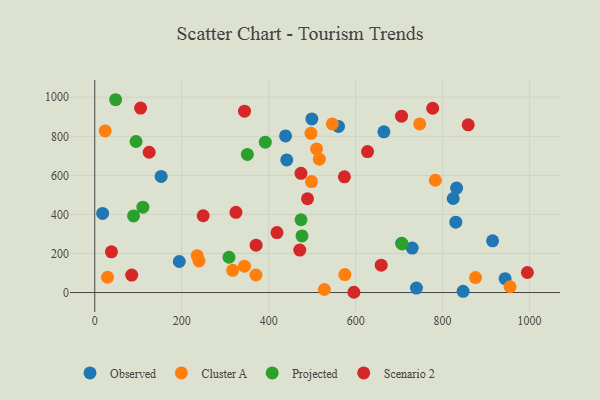
{"axis": {"x": "Engine Size", "y": "Profit"}, "legend": ["Cluster A", "Observed", "Projected", "Scenario 2"], "data": [{"x": "830.4", "y": 360.1, "type": "Observed"}, {"x": "943.8", "y": 70.9, "type": "Observed"}, {"x": "152.7", "y": 594.7, "type": "Observed"}, {"x": "824.4", "y": 481.6, "type": "Observed"}, {"x": "18.1", "y": 405.2, "type": "Observed"}, {"x": "499.3", "y": 889.3, "type": "Observed"}, {"x": "832.2", "y": 534.8, "type": "Observed"}, {"x": "441.5", "y": 678.9, "type": "Observed"}, {"x": "438.8", "y": 801.8, "type": "Observed"}, {"x": "739.9", "y": 22.6, "type": "Observed"}, {"x": "915.0", "y": 264.8, "type": "Observed"}, {"x": "847.2", "y": 6.4, "type": "Observed"}, {"x": "560.6", "y": 850.6, "type": "Observed"}, {"x": "730.1", "y": 227.6, "type": "Observed"}, {"x": "665.0", "y": 823.0, "type": "Observed"}, {"x": "705.9", "y": 252.3, "type": "Observed"}, {"x": "194.4", "y": 159.0, "type": "Observed"}, {"x": "24.0", "y": 827.8, "type": "Cluster A"}, {"x": "344.3", "y": 135.1, "type": "Cluster A"}, {"x": "317.3", "y": 113.6, "type": "Cluster A"}, {"x": "747.4", "y": 863.6, "type": "Cluster A"}, {"x": "235.7", "y": 188.9, "type": "Cluster A"}, {"x": "29.3", "y": 78.3, "type": "Cluster A"}, {"x": "955.2", "y": 29.6, "type": "Cluster A"}, {"x": "510.2", "y": 735.2, "type": "Cluster A"}, {"x": "783.2", "y": 575.0, "type": "Cluster A"}, {"x": "497.3", "y": 815.1, "type": "Cluster A"}, {"x": "516.6", "y": 682.7, "type": "Cluster A"}, {"x": "875.8", "y": 76.8, "type": "Cluster A"}, {"x": "498.5", "y": 568.4, "type": "Cluster A"}, {"x": "546.4", "y": 863.6, "type": "Cluster A"}, {"x": "370.7", "y": 89.7, "type": "Cluster A"}, {"x": "575.2", "y": 91.9, "type": "Cluster A"}, {"x": "528.1", "y": 15.5, "type": "Cluster A"}, {"x": "239.8", "y": 162.1, "type": "Cluster A"}, {"x": "351.0", "y": 707.1, "type": "Projected"}, {"x": "476.6", "y": 290.0, "type": "Projected"}, {"x": "474.4", "y": 372.6, "type": "Projected"}, {"x": "110.7", "y": 437.2, "type": "Projected"}, {"x": "308.7", "y": 180.6, "type": "Projected"}, {"x": "392.2", "y": 770.1, "type": "Projected"}, {"x": "94.9", "y": 773.5, "type": "Projected"}, {"x": "707.0", "y": 248.5, "type": "Projected"}, {"x": "48.0", "y": 987.4, "type": "Projected"}, {"x": "89.2", "y": 392.3, "type": "Projected"}, {"x": "574.2", "y": 592.4, "type": "Scenario 2"}, {"x": "249.4", "y": 393.2, "type": "Scenario 2"}, {"x": "324.7", "y": 410.6, "type": "Scenario 2"}, {"x": "471.5", "y": 217.3, "type": "Scenario 2"}, {"x": "344.4", "y": 929.0, "type": "Scenario 2"}, {"x": "777.2", "y": 943.7, "type": "Scenario 2"}, {"x": "419.1", "y": 306.8, "type": "Scenario 2"}, {"x": "125.2", "y": 718.4, "type": "Scenario 2"}, {"x": "627.4", "y": 721.8, "type": "Scenario 2"}, {"x": "38.4", "y": 208.4, "type": "Scenario 2"}, {"x": "596.0", "y": 1.3, "type": "Scenario 2"}, {"x": "474.3", "y": 610.3, "type": "Scenario 2"}, {"x": "995.0", "y": 102.5, "type": "Scenario 2"}, {"x": "489.3", "y": 480.2, "type": "Scenario 2"}, {"x": "858.9", "y": 859.0, "type": "Scenario 2"}, {"x": "85.0", "y": 89.2, "type": "Scenario 2"}, {"x": "658.8", "y": 140.3, "type": "Scenario 2"}, {"x": "371.1", "y": 242.6, "type": "Scenario 2"}, {"x": "705.6", "y": 903.3, "type": "Scenario 2"}, {"x": "105.4", "y": 944.8, "type": "Scenario 2"}]}